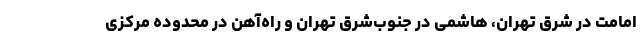
امامت در شرق تهران، هاشمی در جنوب‌شرق تهران و راه‌آهن در محدوده مرکزی